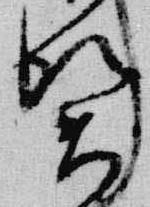
賀